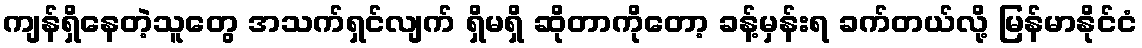
ကျန်ရှိနေတဲ့သူတွေ အသက်ရှင်လျက် ရှိမရှိ ဆိုတာကိုတော့ ခန့်မှန်းရ ခက်တယ်လို့ မြန်မာနိုင်ငံ